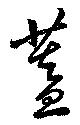
蓋